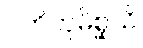
ပတိတုမိစ္ဆသိ